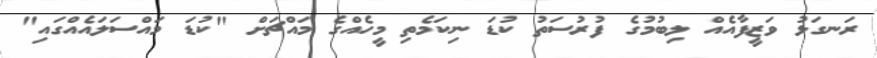
ރަނގަޅު ވަޒީފާއެއް ލިބުމުގެ ފުރުސަތު ކުޑަ ނިކަމެތި މީހެއްގެ މައްޗަށް "ކުޑަ މައްސަލައެއްގައި"